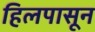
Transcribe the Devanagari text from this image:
हिलपासून